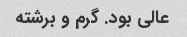
عالی بود. گرم و برشته